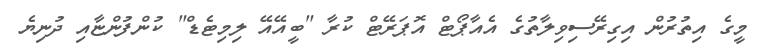
މީގެ އިތުރުން އިގިރޭސިވިލާތުގެ އެއާޕޯޓް އޮޕަރޭޓް ކުރާ "ބީއޭއޭ ލިމިޓެޑް" ކުންފުންޏާއި ދުނިޔެ